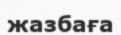
жазбаға